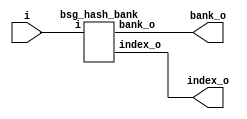


module top
(
  i,
  bank_o,
  index_o
);

  input [31:0] i;
  output [0:0] bank_o;
  output [1:2] index_o;

  bsg_hash_bank
  wrapper
  (
    .i(i),
    .bank_o(bank_o),
    .index_o(index_o)
  );


endmodule



module bsg_hash_bank
(
  i,
  bank_o,
  index_o
);

  input [31:0] i;
  output [0:0] bank_o;
  output [1:2] index_o;
  wire [0:0] bank_o;
  wire [1:2] index_o;
  assign bank_o[0] = 1'b0;
  assign index_o[1] = i[1];
  assign index_o[2] = i[0];

endmodule